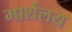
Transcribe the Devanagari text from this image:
मार्शलय